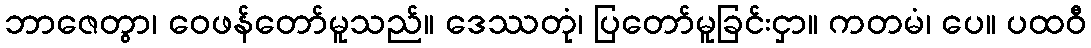
ဘာဇေတွာ၊ ဝေဖန်တော်မူသည်။ ဒေဿတုံ၊ ပြတော်မူခြင်းငှာ။ ကတမံ၊ ပေ။ ပထဝီ